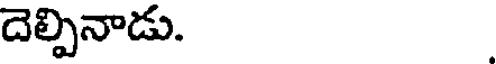
దెల్పినాడు.